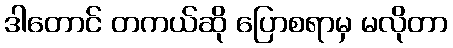
ဒါတောင် တကယ်ဆို ပြောစရာမှ မလိုတာ